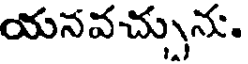
యనవచ్చును.